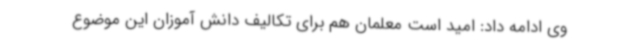
وی ادامه داد: امید است معلمان هم برای تکالیف دانش آموزان این موضوع